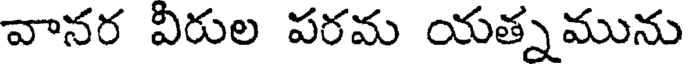
వానర విరుల పరమ యత్నమును